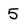
Character: 5